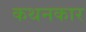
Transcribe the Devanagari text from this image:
कथनकार